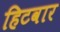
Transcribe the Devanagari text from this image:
हिटवार